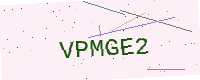
Text: VPMGE2